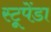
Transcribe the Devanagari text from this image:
स्टूपेंडा